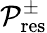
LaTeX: \mathcal{P}_{\mathrm{res}}^{\pm}